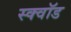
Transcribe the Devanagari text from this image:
स्क्वॉड